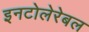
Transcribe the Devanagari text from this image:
इनटोलेरेबल